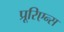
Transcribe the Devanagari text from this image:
प्रूरिएन्स